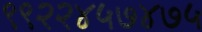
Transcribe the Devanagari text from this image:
९९२२४५७४७५